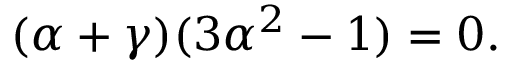
( \alpha + \gamma ) ( 3 \alpha ^ { 2 } - 1 ) = 0 .